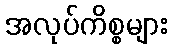
အလုပ်ကိစ္စများ